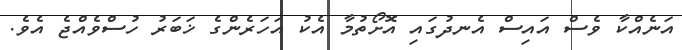
އަނެއްކާ ވެސް އައިސް އެނދުގައި އޮށޯތުމާ އެކު އަހަރެންގެ ޚަބަރު ހުސްވެއްޖެ އެވެ.